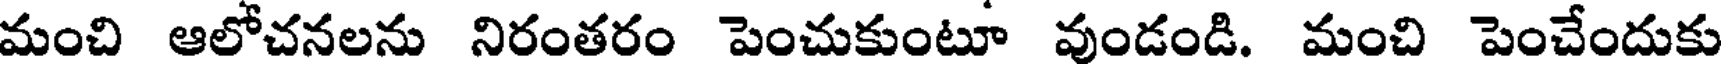
మంచి ఆలోచనలను నిరంతరం పెంచుకుంటూ వుండండి. మంచి పెంచేందుకు